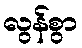
လွန်စွာ